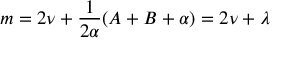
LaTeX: m = 2 \nu + \frac { 1 } { 2 \alpha } ( A + B + \alpha ) = 2 \nu + \lambda